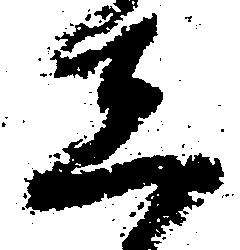
し